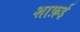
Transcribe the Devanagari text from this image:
शाफ़ई